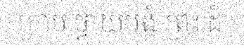
ក្រាប ថ្វាយបង្គំ ព្រះ ដ៏